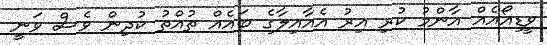
ވީޑިއޯއެއް އާންމު ކުރި އިރު އެއާއިލާގެ ބައެއް ތުއްތު ކުދިން ވެސް ވަނީ